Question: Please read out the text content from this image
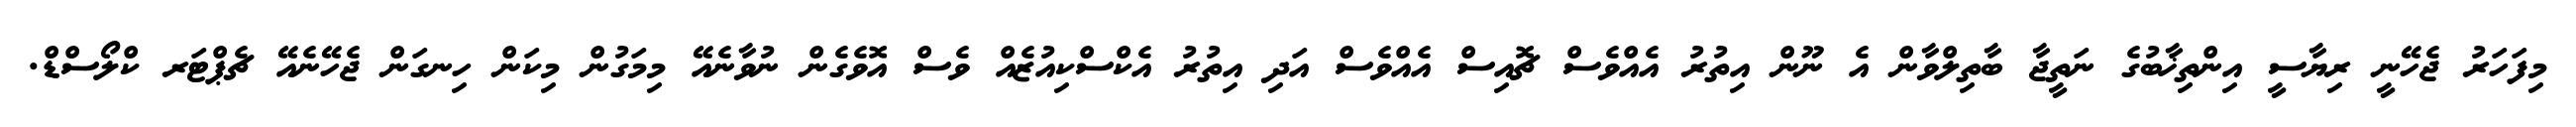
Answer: މިފަހަރު ޖެހޭނީ ރިޔާސީ އިންތިޚާބުގެ ނަތީޖާ ބާތިލްވާން އެ ނޫން އިތުރު އެއްވެސް ޗޮއިސް އެއްވެސް އަދި އިތުރު އެކްސްކިއުޒެއް ވެސް އޮވެގެން ނުވާނެއޭ މިމަގުން މިކަން ހިނގަން ޖެހޭނެއޭ ޗެޕްޓަރ ކްލޯސްޑް.